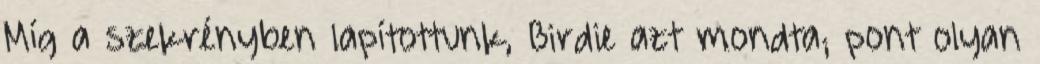
Míg a szekrényben lapítottunk, Birdie azt mondta; pont olyan